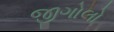
જીગોલો